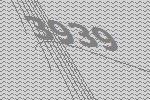
3939